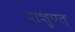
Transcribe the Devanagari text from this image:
पाशुपत्